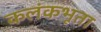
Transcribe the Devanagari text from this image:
कलंकभूता